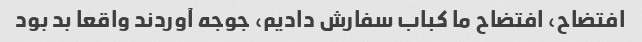
افتضاح، افتضاح ما کباب سفارش دادیم، جوجه آوردند واقعا بد بود